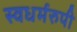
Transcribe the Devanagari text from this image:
स्वधर्मरुपी